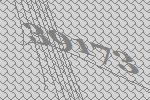
39173